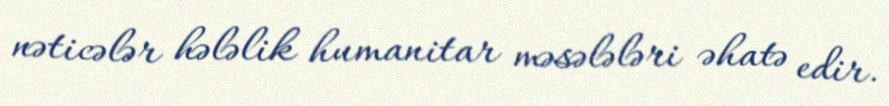
nəticələr hələlik humanitar məsələləri əhatə edir.